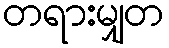
တရားမျှတ